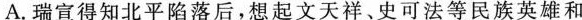
A.瑞宣得知北平陷落后，想起文天祥、史可法等民族英雄和